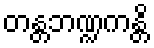
တန္တဘဏ္ဍကန္တိ